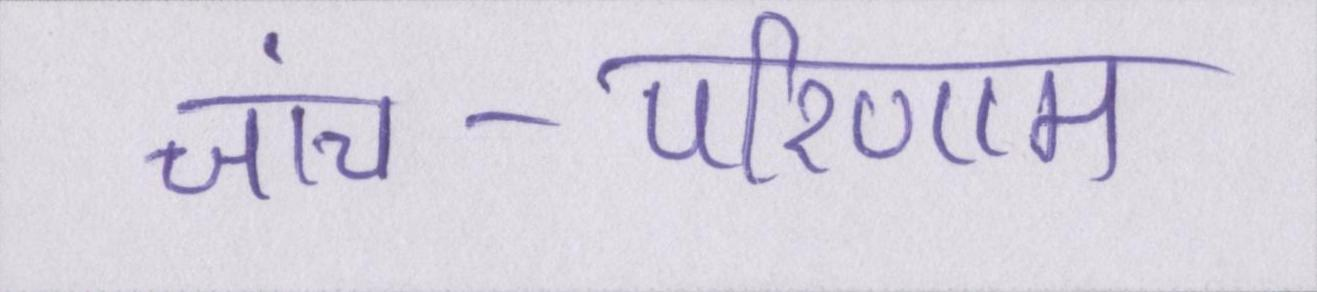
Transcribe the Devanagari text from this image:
जांच-परिणाम